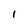
Character: 1